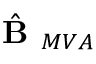
\hat { \textbf { B } } _ { M V A }